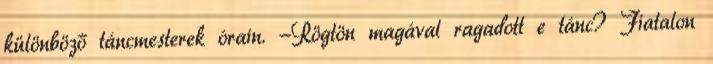
különböző táncmesterek órain. -Rögtön magával ragadott e tánc? Fiatalon